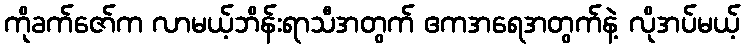
ကိုခက်ဇော်က လာမယ့်ဘိန်းရာသီအတွက် ဧကအရေအတွက်နဲ့ လိုအပ်မယ့်